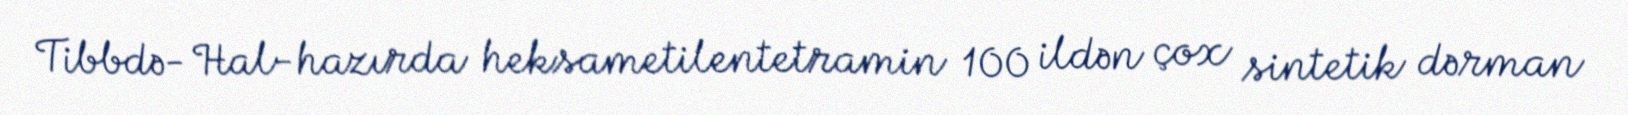
Tibbdə- Hal-hazırda heksametilentetramin 100 ildən çox sintetik dərman